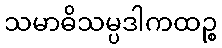
သမာဓိသမ္ပဒါကထဉ္စ